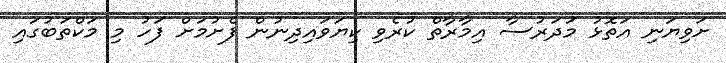
ށަވިޔަނި އަތޮޅު މަދަރުސާ އިމާރާތް ކުރެވި ކިޔަވައިދިނުން ފެށުމަށް ފަހު މި މަކްތަބުގައި